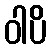
ဝါပိ